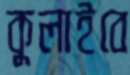
কুলাইবে